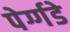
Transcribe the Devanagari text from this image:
पेर्ग्गडे